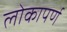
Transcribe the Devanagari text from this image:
लोकापर्ण